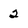
Character: 2